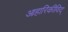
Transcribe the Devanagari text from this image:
आहारिकीविद्